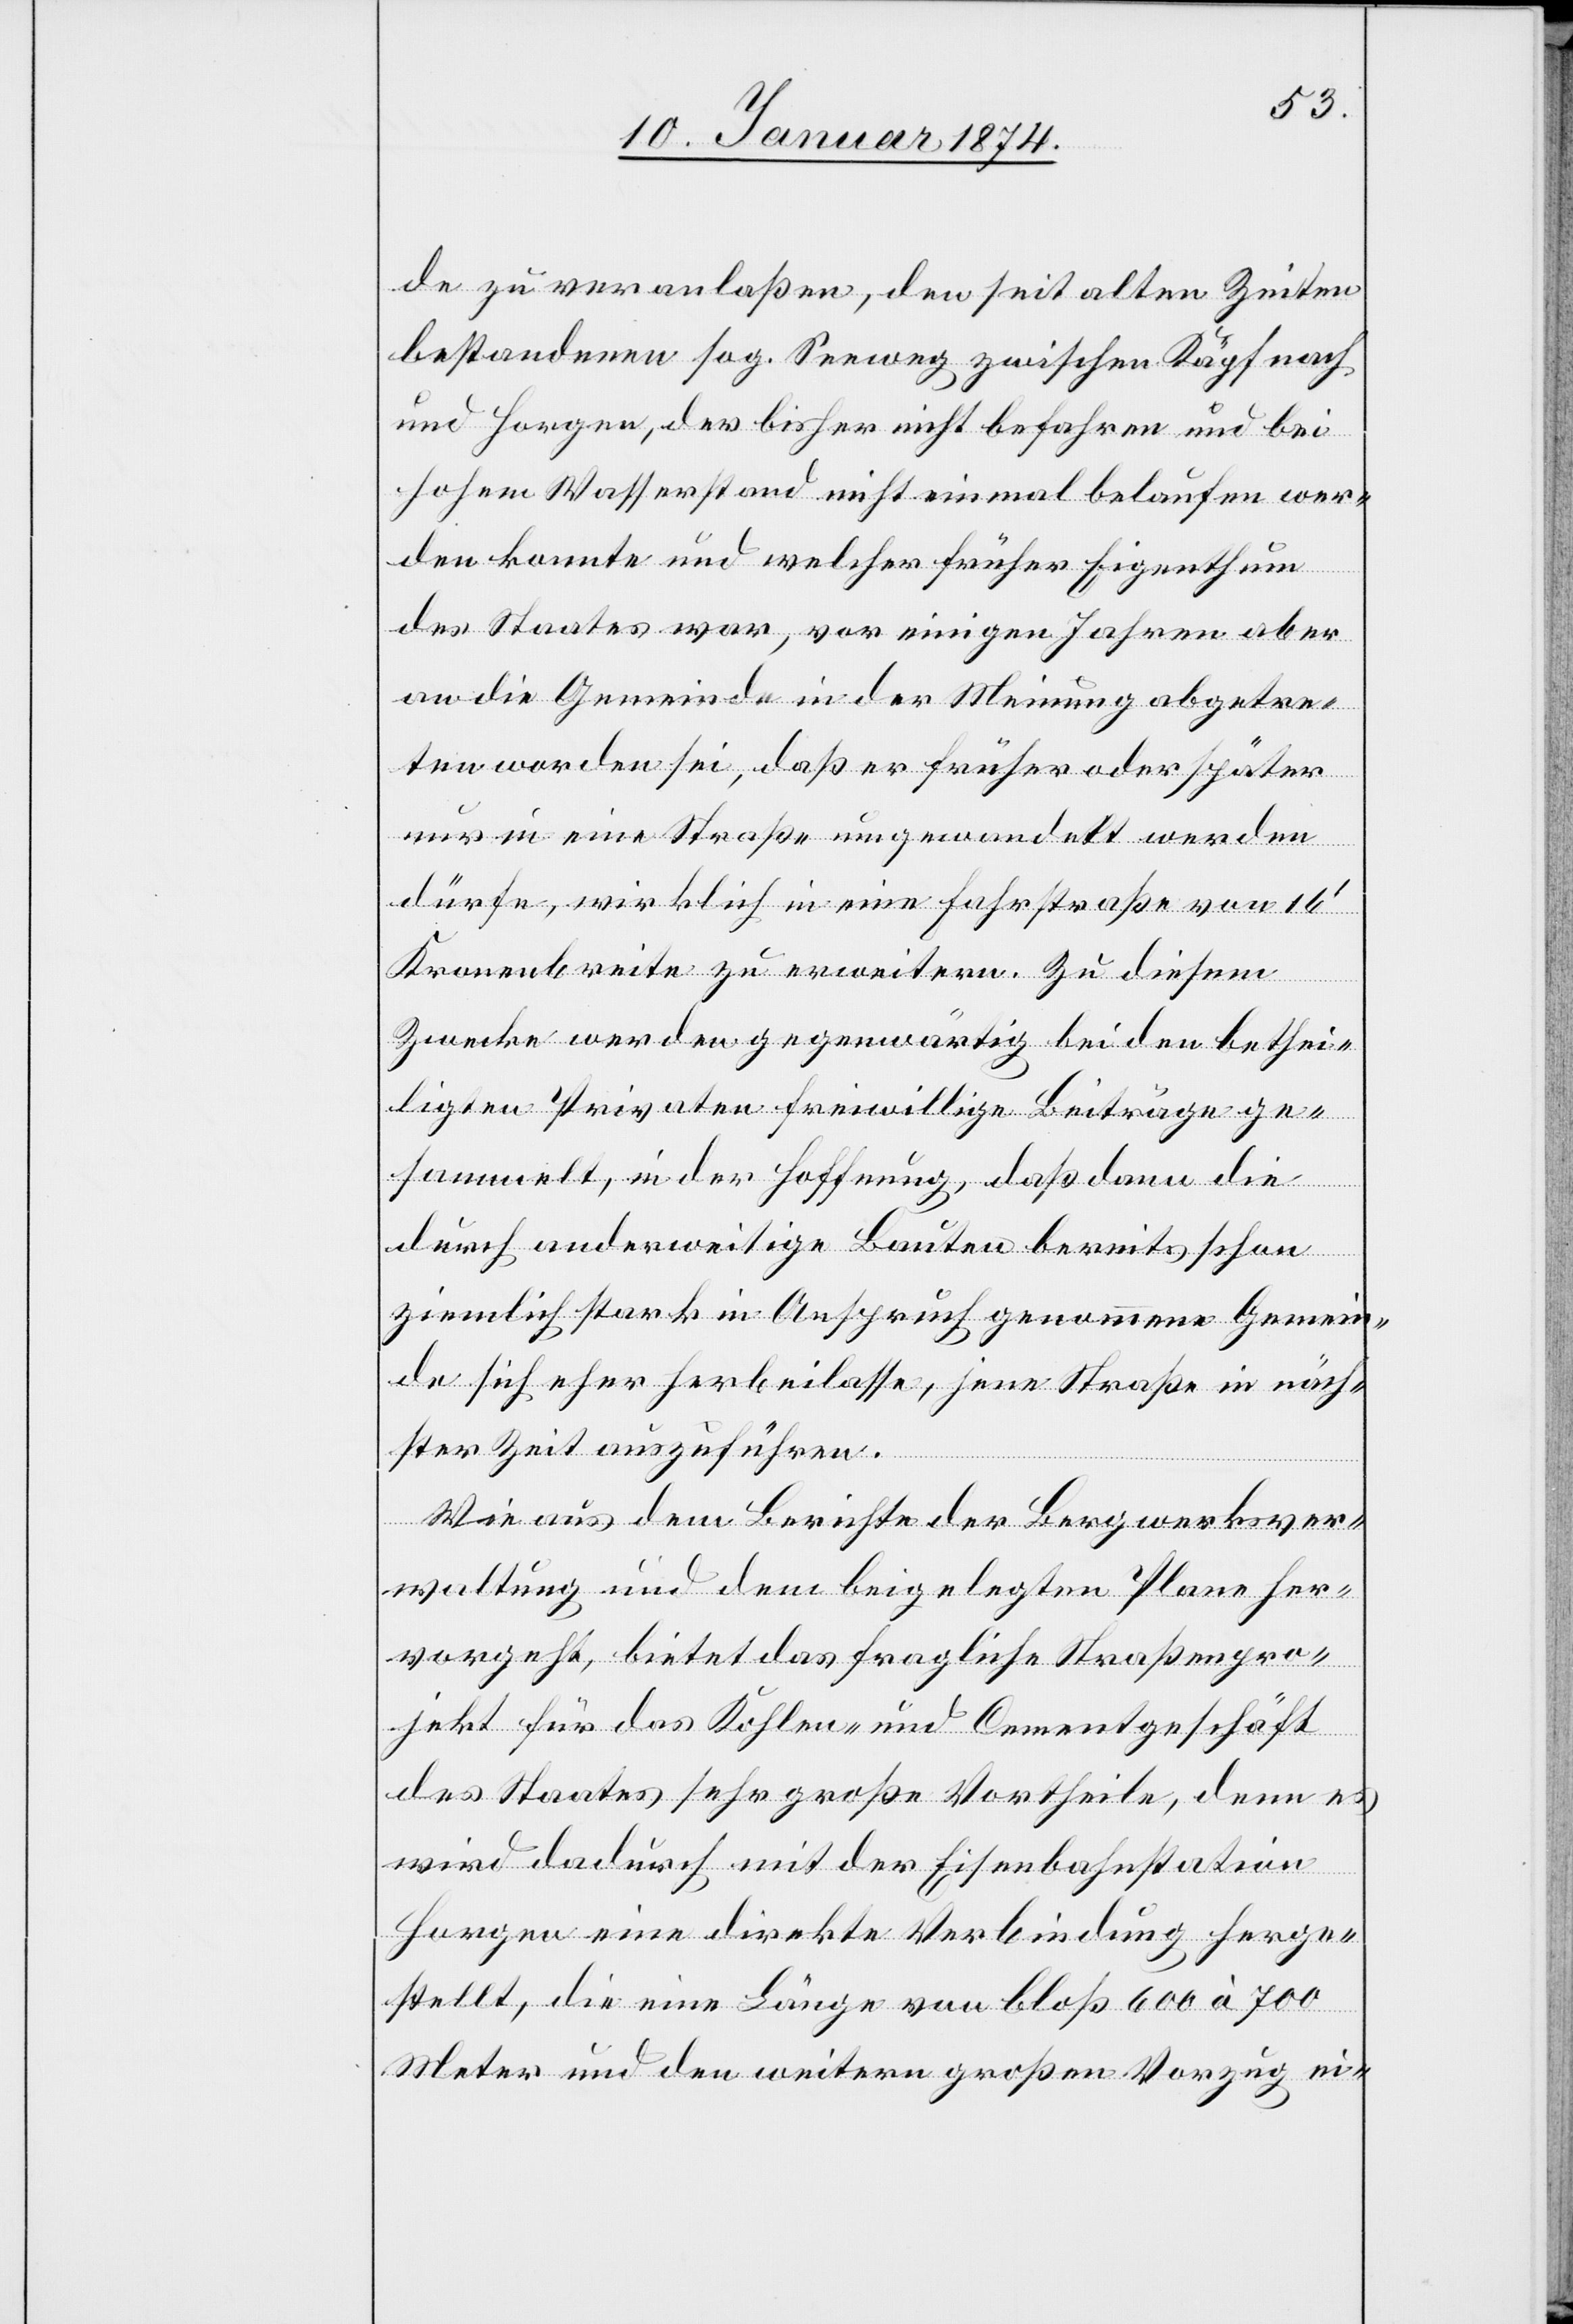
de zu veranlaßen, den seit alten Zeiten
bestehenden sog. Seeweg zwischen Käpfnach
und Horgen, der bisher nicht befahren und bei
hohem Wasserstand nicht einmal belaufen wer¬
den konnte und welcher früher Eigenthum
des Staates war, vor einigen Jahren aber
an die Gemeinde in der Meinung abgetre¬
ten worden sei, daß er früher oder später
nur in eine Straße umgewandelt werden
dürfe, wirklich in eine Fahrstraße von 16‘
Kronenbreite zu erweitern. Zu diesem
Zwecke werden gegenwärtig bei den bethei¬
ligten Privaten freiwillige Beiträge ge¬
sammelt, in der Hoffnung, daß dann die
durch anderweitige Bauten bereits schon
ziemlich stark in Anspruch genommene Gemein¬
de sich eher herbeilasse, jene Straße in näch¬
ster Zeit auszuführen.
Wie aus dem Berichte der Bergwerksver¬
waltung und dem beigelegten Plane her¬
vorgeht, bietet das fragliche Straßenpro¬
jekt für das Kohlen- und Cementgeschäft
des Staates sehr große Vortheile, denn es
wird dadurch mit der Eisenbahnstation
Horgen eine direkte Verbindung herge¬
stellt, die eine Länge von bloß 600 à 700
Meter und den weitern großen Vorzug ei-